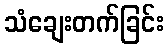
သံချေးတက်ခြင်း